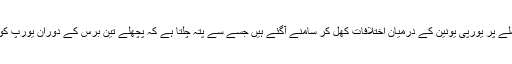
سمندر کی بے رحم موجوں سے نجات پانے والے چھے سو انتیس تارکین وطن کے معاملے پر یورپی یونین کے درمیان اختلافات کھل کر سامنے آگئے ہیں جسے سے پتہ چلتا ہے کہ پچھلے تین برس کے دوران یورپ کو تارکین وطن سے متعلق معاملات کو نمٹانے میں کس قدر ناکامی کا سامنا کرنا پڑا ہے۔